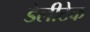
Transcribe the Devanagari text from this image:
डेलीटेक